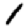
Digit: 1